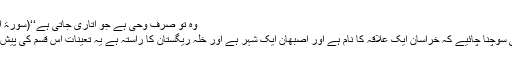
وه تو صرف وحی ہے جو اتاری جاتی ہے‘‘(سورۃ النجم:3،4)
پھر یہ بھی سوچنا چائیے کہ خراسان ایک علاقہ کا نام ہے اور اصبھان ایک شہر ہے اور خلہ ریگستان کا راستہ ہے یہ تعینات اس قسم کی پیش گوئی ہے۔